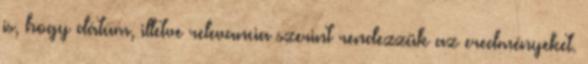
is, hogy dátum, illetve relevancia szerint rendezzük az eredményeket.